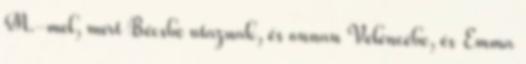
M.-mel, mert Bécsbe utaznak, és onnan Velencébe, és Emma